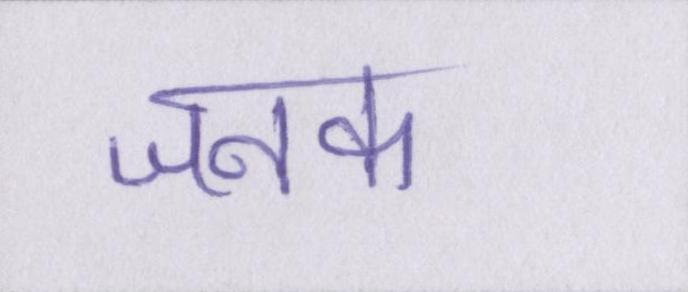
जनक